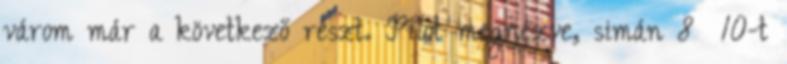
várom már a következő részt. Pilot megnézve, simán 8 10-t